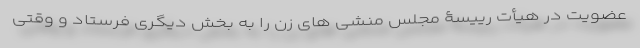
عضویت در هیأت رییسۀ مجلس منشی های زن را به بخش دیگری فرستاد و وقتی